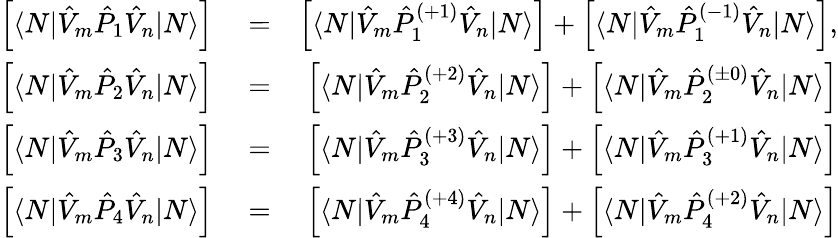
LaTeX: \begin{array}{rlr}{\left[\langle N|\hat{V}_{m}\hat{P}_{1}\hat{V}_{n}|N\rangle\right]}&{{}=}&{\left[\langle N|\hat{V}_{m}\hat{P}_{1}^{(+1)}\hat{V}_{n}|N\rangle\right]+\left[\langle N|\hat{V}_{m}\hat{P}_{1}^{(-1)}\hat{V}_{n}|N\rangle\right],}\\ {\left[\langle N|\hat{V}_{m}\hat{P}_{2}\hat{V}_{n}|N\rangle\right]}&{{}=}&{\left[\langle N|\hat{V}_{m}\hat{P}_{2}^{(+2)}\hat{V}_{n}|N\rangle\right]+\left[\langle N|\hat{V}_{m}\hat{P}_{2}^{(\pm 0)}\hat{V}_{n}|N\rangle\right]}\\ {\left[\langle N|\hat{V}_{m}\hat{P}_{3}\hat{V}_{n}|N\rangle\right]}&{{}=}&{\left[\langle N|\hat{V}_{m}\hat{P}_{3}^{(+3)}\hat{V}_{n}|N\rangle\right]+\left[\langle N|\hat{V}_{m}\hat{P}_{3}^{(+1)}\hat{V}_{n}|N\rangle\right]}\\ {\left[\langle N|\hat{V}_{m}\hat{P}_{4}\hat{V}_{n}|N\rangle\right]}&{{}=}&{\left[\langle N|\hat{V}_{m}\hat{P}_{4}^{(+4)}\hat{V}_{n}|N\rangle\right]+\left[\langle N|\hat{V}_{m}\hat{P}_{4}^{(+2)}\hat{V}_{n}|N\rangle\right]}\end{array}